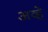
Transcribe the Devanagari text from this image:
अव्हे